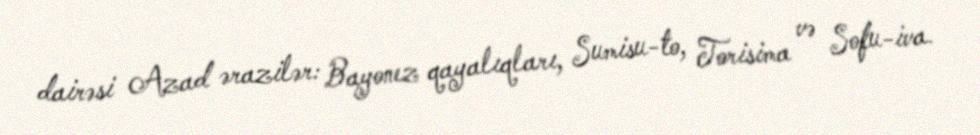
dairəsi Azad ərazilər: Bayonez qayalıqları, Sumisu-to, Torisima və Sofu-iva.